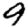
Digit: 9